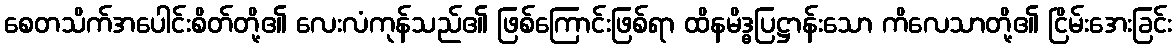
စေတသိက်အပေါင်းစိတ်တို့၏ လေးလံကုန်သည်၏ ဖြစ်ကြောင်းဖြစ်ရာ ထိနမိဒ္ဓပြဋ္ဌာန်းသော ကိလေသာတို့၏ ငြိမ်းအေးခြင်း